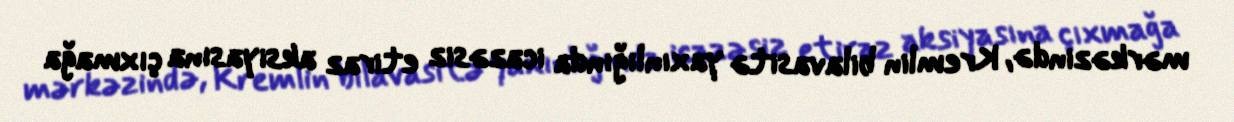
mərkəzində, Kremlin bilavasitə yaxınlığında icazəsiz etiraz aksiyasına çıxmağa